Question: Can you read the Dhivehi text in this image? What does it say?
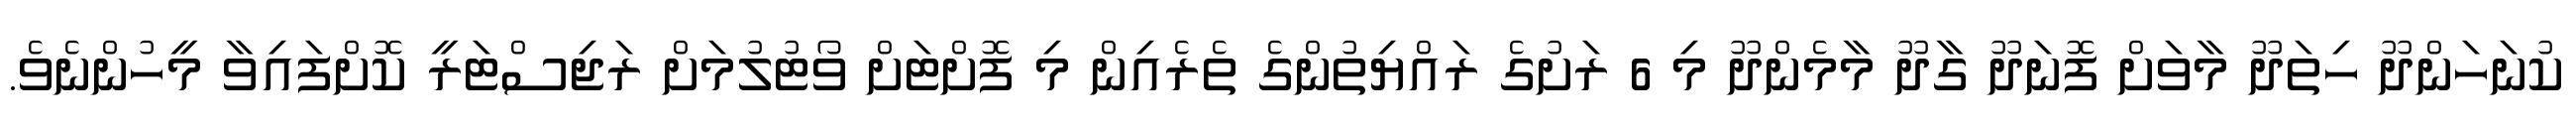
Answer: ކުނަހަންދޫ ހިތަދޫ މާވަށް ފޮނަދޫ ގާދޫ މާމެންދޫ މި 6 ރަށުގެ ރައްޔިތުންގެ ތެރެއިން މި ފޮށްޓަށް ވޯޓުލުމަށް ރަޖިސްޓަރީ ކޮށްފައިވާ މީހުންނެވެ.